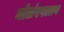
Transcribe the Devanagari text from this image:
नोलंबपल्लव